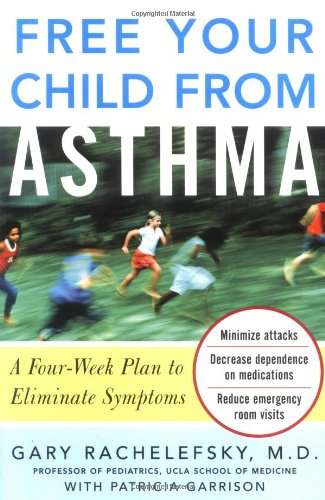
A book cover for Free Your Child from Asthma; Gary Rachelefsky; Health, Fitness & Dieting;